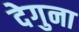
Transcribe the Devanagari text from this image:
देगुना